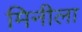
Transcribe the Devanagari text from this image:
मिनीला